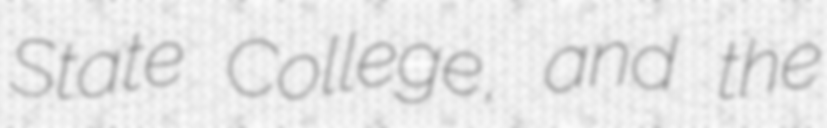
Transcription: State College, and the